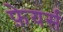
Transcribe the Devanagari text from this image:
फ़ेयर्स